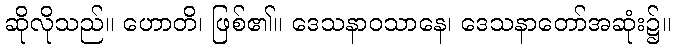
ဆိုလိုသည်။ ဟောတိ၊ ဖြစ်၏။ ဒေသနာဝသာနေ၊ ဒေသနာတော်အဆုံး၌။